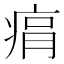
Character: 㾓